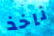
ناخذ